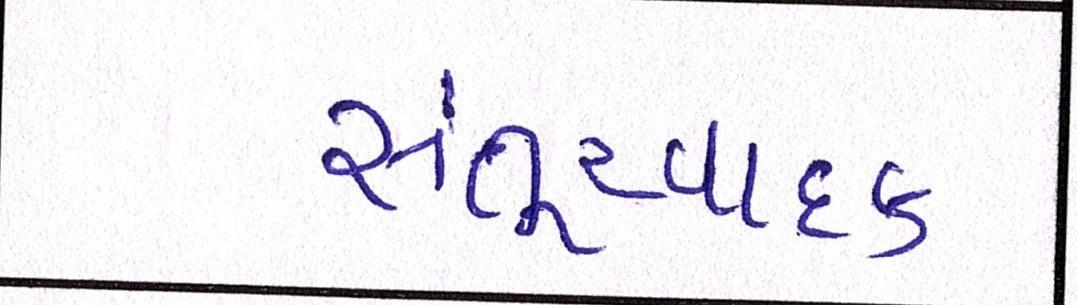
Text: સંતૂરવાદક